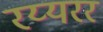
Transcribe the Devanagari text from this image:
रय्यरर